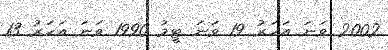
2002 ވަނަ އަހަރު 19 ވަނަ ޓީމު 1990 ވަނަ އަހަރު 13